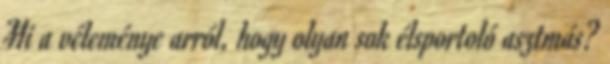
Mi a véleménye arról, hogy olyan sok élsportoló asztmás?